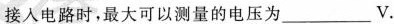
接入电路时，最大可以测量的电压为___V.